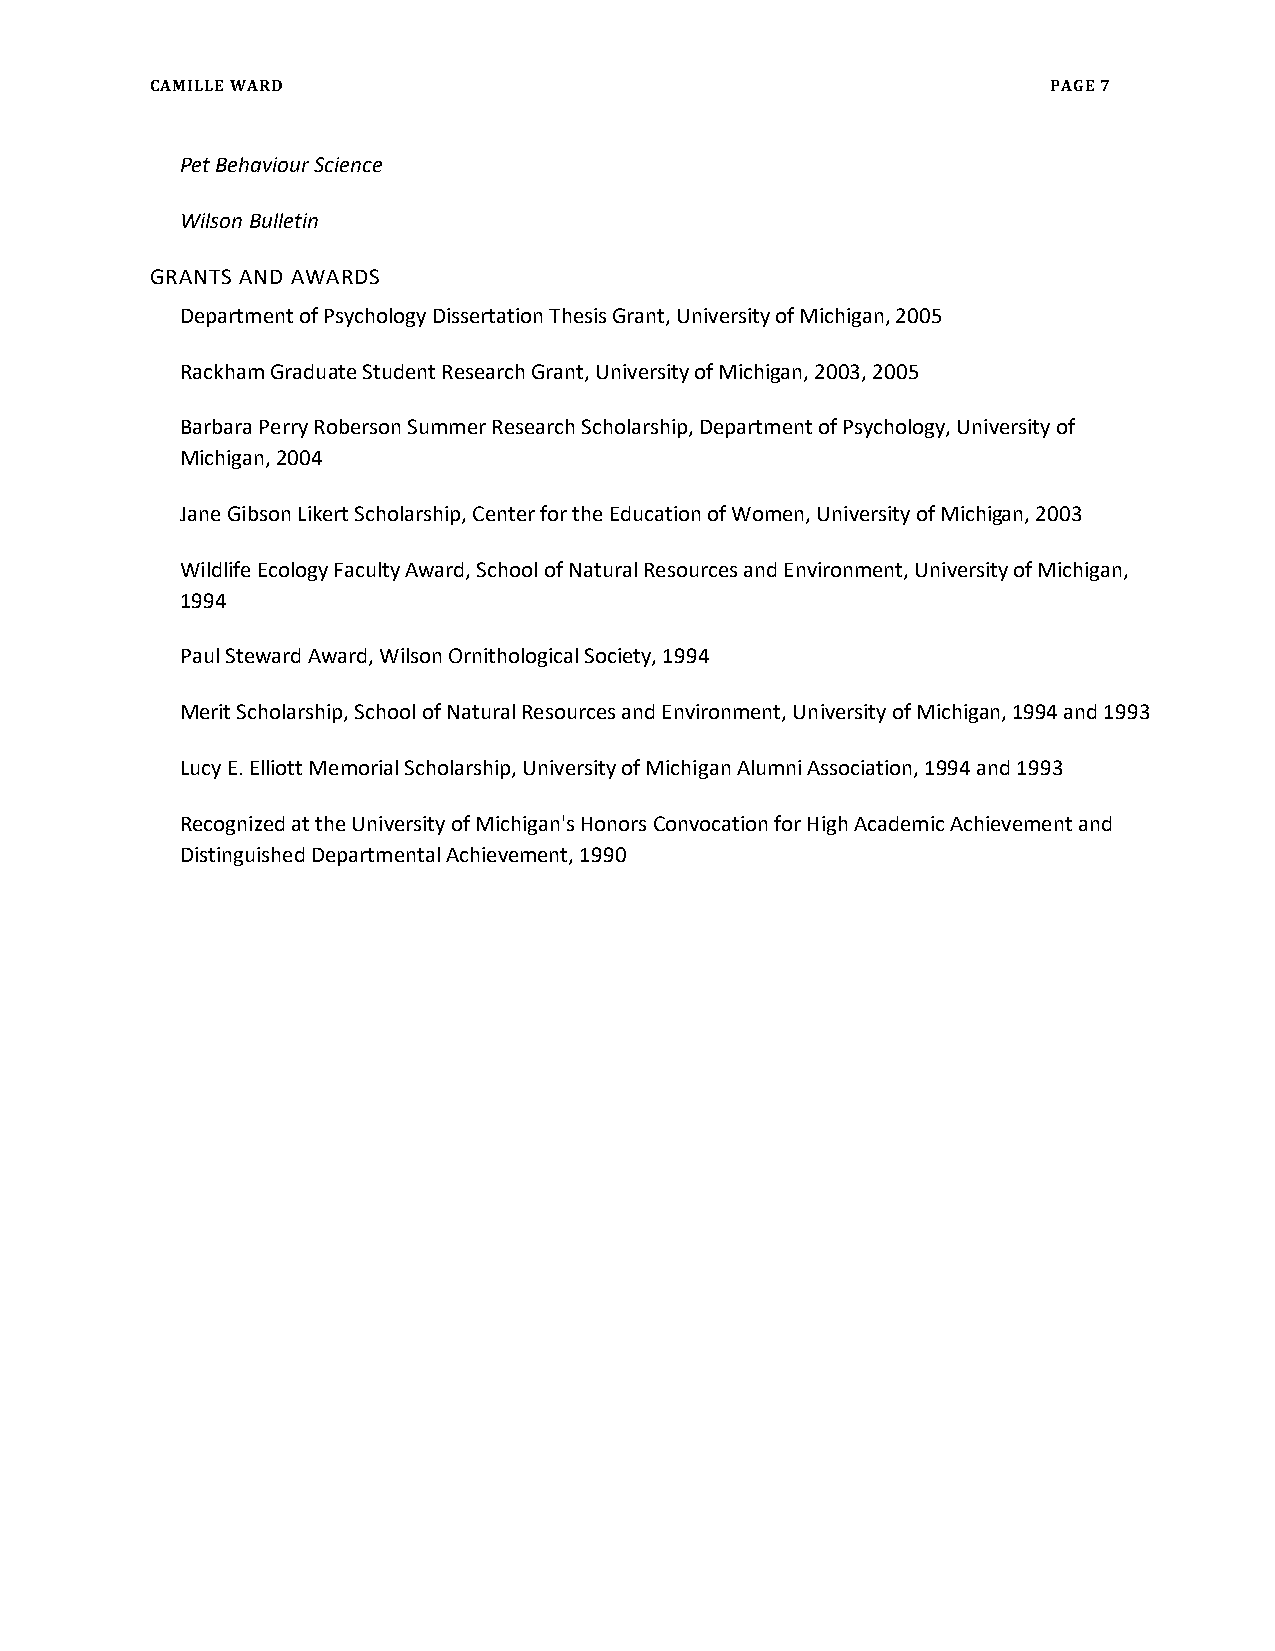
CAMILLE WARD                                                PAGE 7
 Pet Behaviour Science
 Wilson Bulletin
 GRANTS AND AWARDS
 Department of Psychology Dissertation Thesis Grant, University of Michigan, 2005
 Rackham Graduate Student Research Grant, University of Michigan, 2003, 2005
 Barbara Perry Roberson Summer Research Scholarship, Department of Psychology, University of
 Michigan, 2004
 Jane Gibson Likert Scholarship, Center for the Education of Women, University of Michigan, 2003
 Wildlife Ecology Faculty Award, School of Natural Resources and Environment, University of Michigan,
 1994
 Paul Steward Award, Wilson Ornithological Society, 1994
 Merit Scholarship, School of Natural Resources and Environment, University of Michigan, 1994 and 1993
 Lucy E. Elliott Memorial Scholarship, University of Michigan Alumni Association, 1994 and 1993
 Recognized at the University of Michigan's Honors Convocation for High Academic Achievement and
 Distinguished Departmental Achievement, 1990